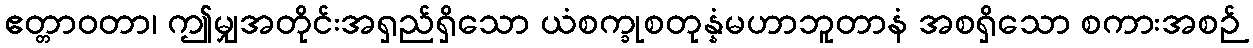
ဧတ္တာဝတာ၊ ဤမျှအတိုင်းအရှည်ရှိသော ယံစက္ခုစတုန္နံမဟာဘူတာနံ အစရှိသော စကားအစဉ်